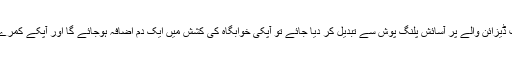
روزمرہ میں استعمال ہونے والے پلنگ پوش کو اگر ایک خوبصورت ڈیزائن والے پُر آسائش پلنگ پوش سے تبدیل کر دیا جائے تو آپکی خوابگاہ کی کشش میں ایک دم اضافہ ہوجائے گا اور آپکے کمرے کو وہ رونق مِل جائے گی جسکا تقاضہ تہواروں کا موسم کرتا ہے۔